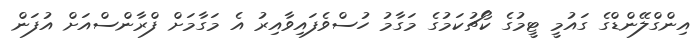
އިންގްލޭންޑްގެ ގައުމީ ޓީމުގެ ކޯޗުކަމުގެ މަގާމު ހުސްވެފައިވާއިރު އެ މަގާމަށް ފްރާންސްއަށް އުފަން